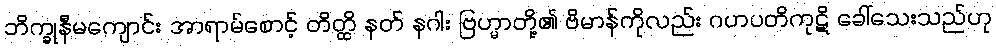
ဘိက္ခုနီမကျောင်း အာရာမ်စောင့် တိတ္ထိ နတ် နဂါး ဗြဟ္မာတို့၏ ဗိမာန်ကိုလည်း ဂဟပတိကုဋိ ခေါ်သေးသည်ဟု